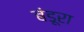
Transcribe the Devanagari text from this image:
बंडूरा